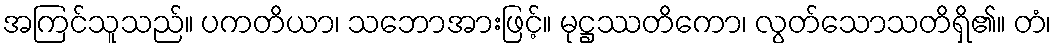
အကြင်သူသည်။ ပကတိယာ၊ သဘောအားဖြင့်။ မုဋ္ဌဿတိကော၊ လွတ်သောသတိရှိ၏။ တံ၊